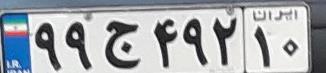
۹۹ج۴۹۲۱۰